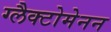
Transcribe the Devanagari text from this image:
ग्लैक्टोमेनन